Annual report of the Bengal Veterinary College and of the Civil Veterinary Department, Bengal, for the year 1908-1909 - 1908-1909
Year: 1908
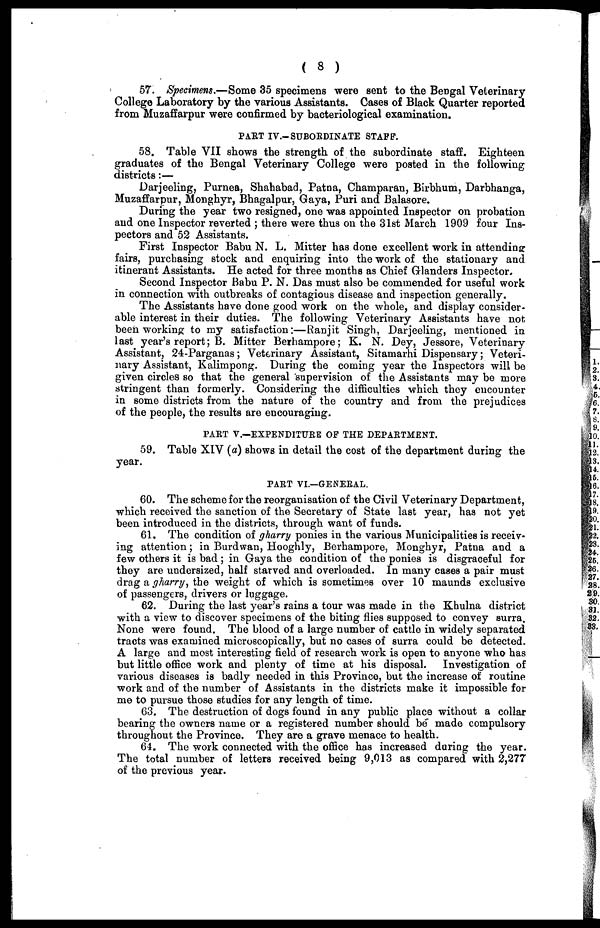
( 8 )
57. Specimens.—Some 35 specimens were sent to the Bengal Veterinary
College Laboratory by the various Assistants. Cases of Black Quarter reported
from Muzaffarpur were confirmed by bacteriological examination.
PART IV.—SUBORDINATE STAFF.
58. Table VII shows the strength of the subordinate staff. Eighteen
graduates of the Bengal Veterinary College were posted in the following
districts:—
Darjeeling, Purnea, Shahabad, Patna, Champaran, Birbhum, Darbhanga,
Muzaffarpur, Monghyr, Bhagalpur, Gaya, Puri and Balasore.
During the year two resigned, one was appointed Inspector on probation
and one Inspector reverted ; there were thus on the 31st March 1909 four Ins-
pectors and 52 Assistants.
First Inspector Babu N. L. Mitter has done excellent work in attending
fairs, purchasing stock and enquiring into the work of the stationary and
itinerant Assistants. He acted for three months as Chief Glanders Inspector.
Second Inspector Babu P. N. Das must also be commended for useful work
in connection with outbreaks of contagious disease and inspection generally.
The Assistants have done good work on the whole, and display consider-
able interest in their duties. The following Veterinary Assistants have not
been working to my satisfaction:—Ranjit Singh, Darjeeling, mentioned in
last year's report; B. Mitter Berhampore; K. N. Dey, Jessore, Veterinary
Assistant, 24-Parganas; Veterinary Assistant, Sitamarhi Dispensary; Veteri-
nary Assistant, Kalimpong. During the coming year the Inspectors will be
given circles so that the general supervision of the Assistants may be more
stringent than formerly. Considering the difficulties which they encounter
in some districts from the nature of the country and from the prejudices
of the people, the results are encouraging.
PART V.—EXPENDITURE OP THE DEPARTMENT.
59. Table XIV (a) shows in detail the cost of the department during the
year.
PART VI.—GENERAL.
60. The scheme for the reorganisation of the Civil Veterinary Department,
which received the sanction of the Secretary of State last year, has not yet
been introduced in the districts, through want of funds.
61. The condition of gharry ponies in the various Municipalities is receiv-
ing attention; in Burdwan, Hooghly, Berhampore, Monghyr, Patna and a
few others it is bad ; in Gaya the condition of the ponies is disgraceful for
they are undersized, half starved and overloaded. In many cases a pair must
drag a gharry, the weight of which is sometimes over 10 maunds exclusive
of passengers, drivers or luggage.
62. During the last year's rains a tour was made in the Khulna district
with a view to discover specimens of the biting flies supposed to convey surra.
None were found. The blood of a large number of cattle in widely separated
tracts was examined microscopically, but no cases of surra could be detected.
A large and most interesting field of research work is open to anyone who has
but little office work and plenty of time at his disposal. Investigation of
various diseases is badly needed in this Province, but the increase of routine
work and of the number of Assistants in the districts make it impossible for
me to pursue those studies for any length of time.
63. The destruction of dogs found in any public place without a collar
bearing the owners name or a registered number should be made compulsory
throughout the Province. They are a grave menace to health.
64. The work connected with the office has increased during the year.
The total number of letters received being 9,013 as compared with 2,277
of the previous year.